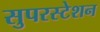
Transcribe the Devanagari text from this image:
सुपरस्टेशन